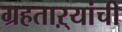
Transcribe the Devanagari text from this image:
ग्रहताऱ्यांची